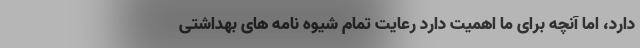
دارد، اما آنچه برای ما اهمیت دارد رعایت تمام شیوه نامه های بهداشتی